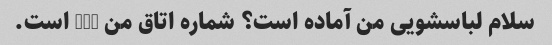
سلام لباسشویی من آماده است؟ شماره اتاق من 210 است.